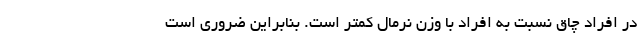
در افراد چاق نسبت به افراد با وزن نرمال کمتر است. بنابراین ضروری است